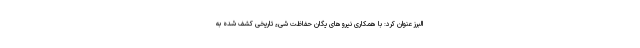
البرز عنوان کرد: با همکاری نیروهای یگان حفاظت شیء تاریخی کشف شده به